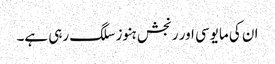
ان کی مایوسی اور رنجش ہنوز سلگ رہی ہے۔